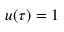
u ( \tau ) = 1